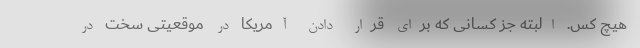
هیچ کس. البته جز کسانی که برای قرار دادن آمریکا در موقعیتی سخت در